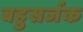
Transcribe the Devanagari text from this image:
बहुसर्जक